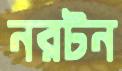
নরটন